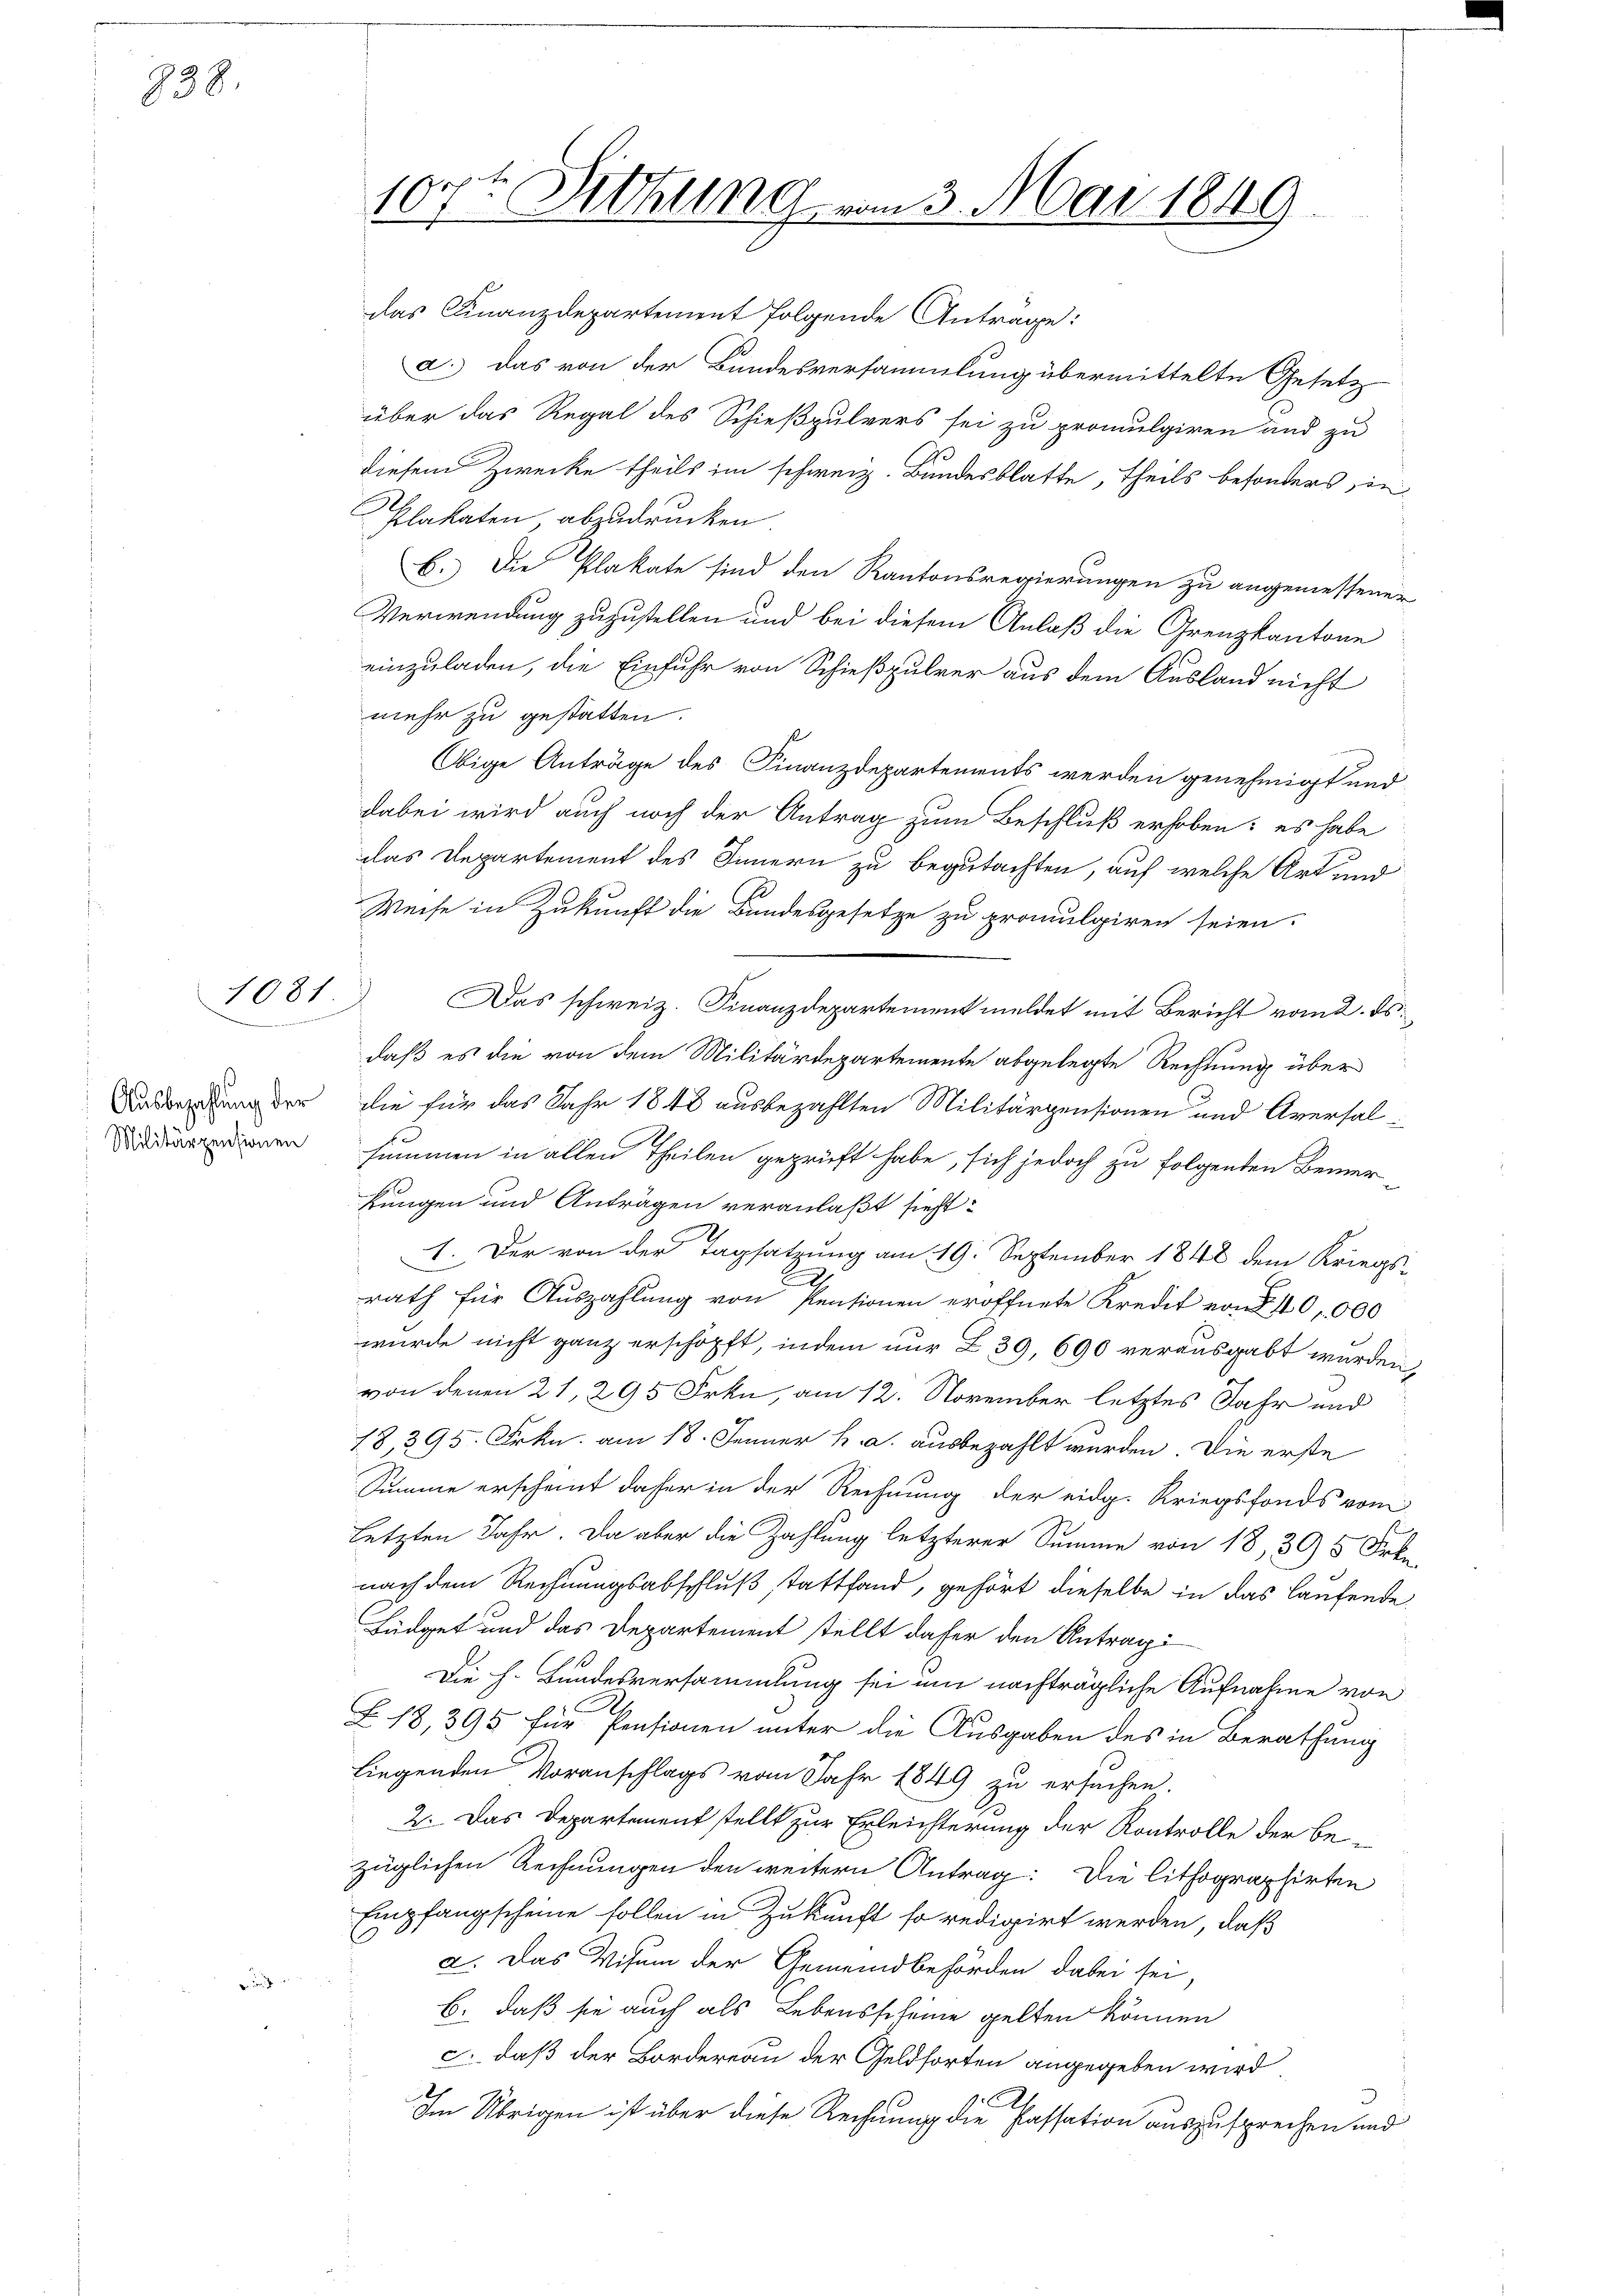
838

1081
wieder

Ausbezahlung der
Militärpensionen

10xt Dittung vom 3. Mai 1849

das Finanzdepartement folgende Antrage:
a. Das von der Bandesversammlung übermittelte Gesetz-
über das Regal des Schießpulvers sei zu promulgiren und zu
diesem Zwecke theils im schweiz. Bundesblatte, theils besonders in
Plakaten, abzudrucken
b. Die Plakate sind den Kantonsregierungen zu angemessener
Verwendung zuzustellen und bei diesem Anlaß die Grenzkantone
einzuladen, die Einfuhr von Schießpulver aus dem Ausland nicht
mehr zu gestatten.
Obige Anträge des Finanzdepartements werden genehmigt und
dabei wird auch noch der Antrag zum Beschluß erhoben: es habe
das Departement des Innern zu begutachten, auf welche Art und
Weise in Zukunft die Bundesgesetze zu promulgiren seien.
Das schweiz. Finanzdepartement meldet mit Bericht vom 2. ds.
daß es die von dem Militärdepartemente abgelegte Rechnung über
die für das Jahr 1848 ausbezahlten Militärpensionen und Aversal-
summen in allen Theilen geprüft habe, sich jedoch zu folgenden Bemerkungen und Anträgen veranlaßt sieht:
1. Der von der Tagsatzung am 19. September 1848 dem Kriegs-
rath für Auszahlung von Pensionen eröffnete Kredit von § 10,000
wurde nicht ganz erschöpft, indem nur 239, 690 verausgabt werden,
von denen 21, 295 Frkn, am 12. November letztes Jahr und
18,295. Frkn. am 18. Jenner h. a. ausbezahlt wurden. Die erste
Summe erscheint daher in der Rechnung der eidg. Kriegsfonds vom
letzten Jahr. Da aber die Zahlung letzterer Summe von 18, 305 Frkn.
nach dem Rechnungsabschluß stattfand, gehört dieselbe in das laufende
Büdget und das Departement stellt daher den Antrag
Die h. Bundesversammlung sei um nachträgliche Aufnahme von
Z. 18, 395 für Pensionen unter die Ausgaben des in Berathung
liegenden Voranschlags vom Jahr 1849 zu ersuchen.
2. Das Departement stellt zur Erleichterung der Kontrolle der be-
züglichen Rechnungen den weitern Antrag: Die lithographirten
Empfangscheine sollen in Zukunft so redigirt werden, daß
2. Das Visum der Gemeindsbehörden dabei sei,
b. daß sie auch als Lebensscheine gelten können
c daß der Bordereau der Geldsorten angegeben wird
Im Übrigen ist über diese Rechnung die Passation auszusprechen und